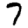
Digit: 7